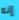
إنه